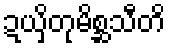
ဍယှိတုမိစ္ဆသီတိ